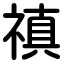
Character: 禛